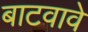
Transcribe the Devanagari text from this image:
बाटवावे